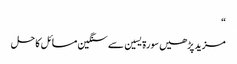
“
مزید پڑھیں سورۃ یسین سے سنگین مسائل کا حل